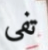
تفي